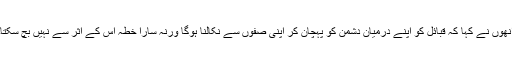
انھوں نے کہا کہ قبائل کو اپنے درمیان دشمن کو پہچان کر اپنی صفوں سے نکالنا ہوگا ورنہ سارا خطہ اس کے اثر سے نہیں بچ سکتا۔